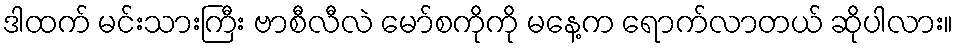
ဒါထက် မင်းသားကြီး ဗာစီလီလဲ မော်စကိုကို မနေ့က ရောက်လာတယ် ဆိုပါလား။